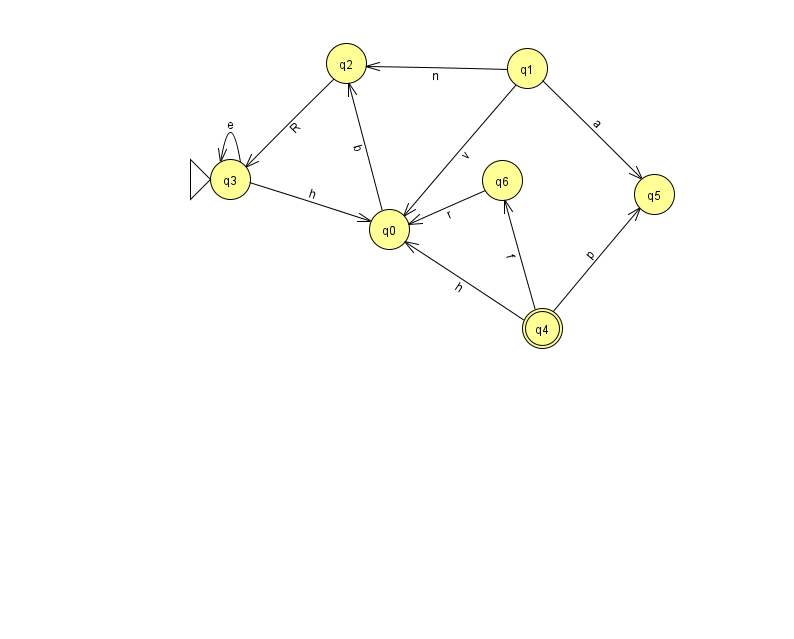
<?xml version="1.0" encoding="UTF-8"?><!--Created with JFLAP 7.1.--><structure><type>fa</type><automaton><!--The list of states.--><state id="0" name="q0"><x>389.0</x><y>216.0</y></state><state id="1" name="q1"><x>527.0</x><y>55.0</y></state><state id="2" name="q2"><x>346.0</x><y>50.0</y></state><state id="3" name="q3"><x>230.0</x><y>166.0</y><initial/></state><state id="4" name="q4"><x>542.0</x><y>315.0</y><final/></state><state id="5" name="q5"><x>654.0</x><y>181.0</y></state><state id="6" name="q6"><x>502.0</x><y>167.0</y></state><!--The list of transitions.--><transition><from>3</from><to>3</to><read>e</read></transition><transition><from>1</from><to>0</to><read>v</read></transition><transition><from>1</from><to>2</to><read>n</read></transition><transition><from>1</from><to>5</to><read>a</read></transition><transition><from>4</from><to>6</to><read>f</read></transition><transition><from>4</from><to>0</to><read>h</read></transition><transition><from>4</from><to>5</to><read>p</read></transition><transition><from>2</from><to>3</to><read>R</read></transition><transition><from>0</from><to>2</to><read>b</read></transition><transition><from>3</from><to>0</to><read>h</read></transition><transition><from>6</from><to>0</to><read>r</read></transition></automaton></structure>